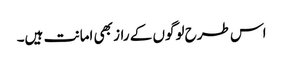
اس طرح لوگوں کے راز بھی امانت ہیں۔